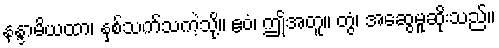
နန္ဒာမိယထာ၊ နှစ်သက်သကဲ့သို့။ ဧဝံ၊ ဤအတူ။ တွံ၊ အဆွေမူဆိုးသည်။